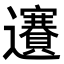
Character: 𨙇